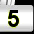
Digit: 5